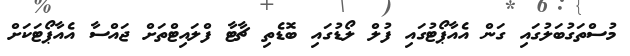
މުސްތަގުބަލުގައި ގަން އެއާޕޯޓުގައި ފުލް ލޯޑުގައި ބޮޑެތި ޗާޓާ ފްލައިޓްތަށް ޖައްސާ އެއާޕޯޓަކަށް